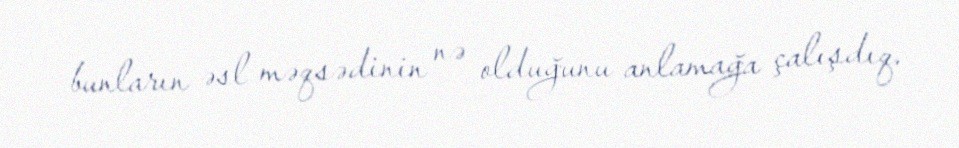
bunların əsl məqsədinin nə olduğunu anlamağa çalışdıq.